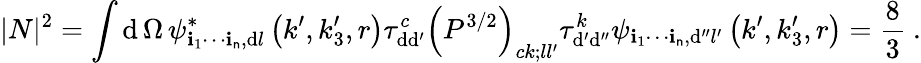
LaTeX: |N|^{2}=\int\mathrm{d}\, \Omega\, \psi_{\mathbf{i}_{1}\cdots\mathbf{i}_{\mathsf{n}},\mathrm{d}l}^{\ast}\left(k^{\prime},k_{3}^{\prime},r\right)\tau_{\mathrm{d}\mathrm{d}^{\prime}}^{c}\left(P^{3/2}\right)_{ck;ll^{\prime}}\tau_{\mathrm{d}^{\prime}\mathrm{d}^{\prime\prime}}^{k}\psi_{\mathbf{i}_{1}\cdots\mathbf{i}_{\mathsf{n}},\mathrm{d}^{\prime\prime}l^{\prime}}\left(k^{\prime},k_{3}^{\prime},r\right)=\frac{{8}}{{3}}\ .